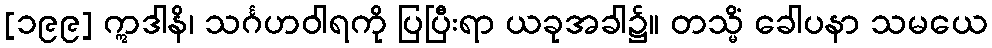
[၁၉၉] ဣဒါနိ၊ သင်္ဂဟဝါရကို ပြပြီးရာ ယခုအခါ၌။ တသ္မိံ ခေါပနာ သမယေ